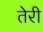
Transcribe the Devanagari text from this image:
तेेरी